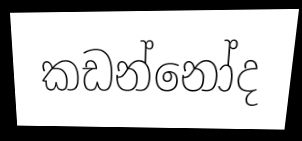
කඩන්නෝද